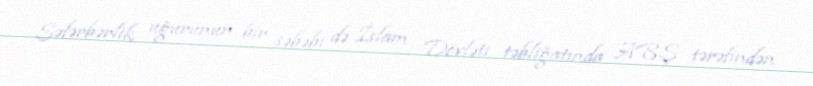
Səfərbərlik uğurunun bir səbəbi də İslam Dövləti təbliğatında ABŞ tərəfindən